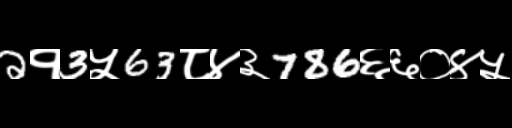
Text: 2१3५63८४३786६६०४५